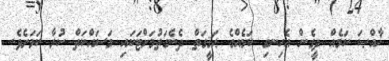
ޚާއްޞަ ކަމެއް ދީގެން އެހިނގި ކަމެއްގެ ޙަޤީގަތް ދެނެގަތުމަށްޓަކައި މަސައްކަތް ކުރާ ކަމަށެވެ.